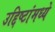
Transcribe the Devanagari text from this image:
उद्दिष्टांमध्ये